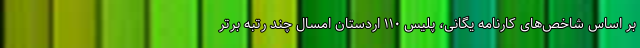
بر اساس شاخص‌های کارنامه یگانی، پلیس ۱۱۰ اردستان امسال چند رتبه برتر